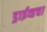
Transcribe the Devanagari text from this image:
ड्राईव्हचा